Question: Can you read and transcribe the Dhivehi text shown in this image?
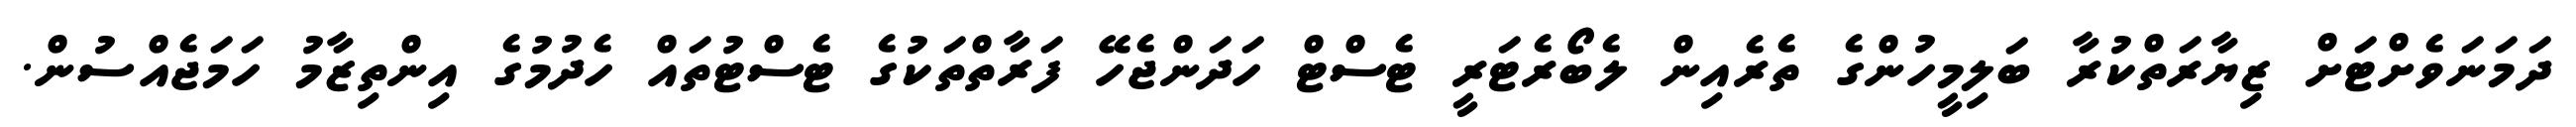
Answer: ދަމަނަވެށްޓަށް ޒިޔާރަތްކުރާ ބަލިމީހުންގެ ތެރެއިން ލެބޯރެޓަރީ ޓެސްޓް ހަދަންޖެހޭ ފަރާތްތަކުގެ ޓެސްޓުތައް ހެދުމުގެ އިންތިޒާމު ހަމަޖެއްސުން.